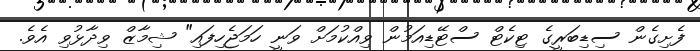
ފެށިގެން ސިޑިބަރީގެ ޓިކެޓް ސްޓޭޑިއަމުން ވިއްކުމަށް ވަނީ ހަމަޖެހިފައި" ޝިމާޒް ވިދާޅުވި އެވެ.